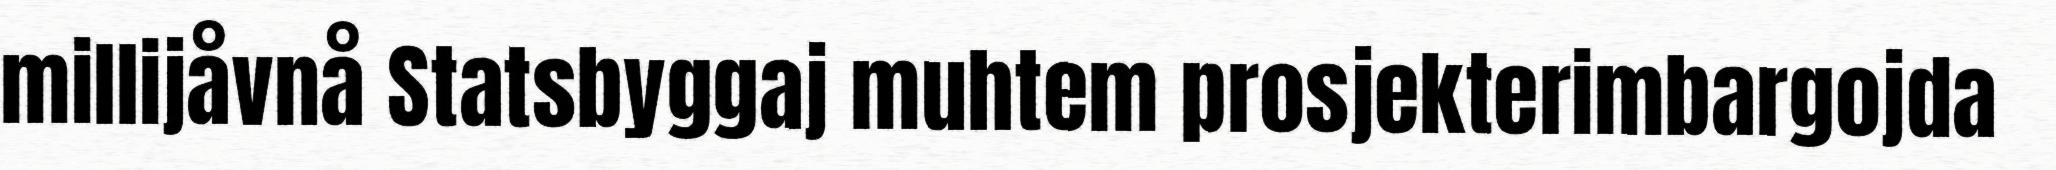
millijåvnå Statsbyggaj muhtem prosjekterimbargojda